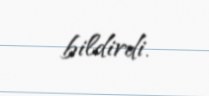
bildirdi.